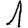
Digit: 1